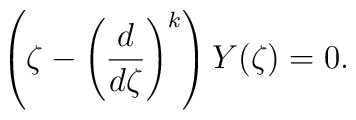
\left( \zeta- \left( \frac{d}{d\zeta} \right)^{k} \right) Y(\zeta) = 0.